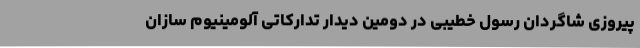
پیروزی شاگردان رسول خطیبی در دومین دیدار تدارکاتی آلومینیوم سازان